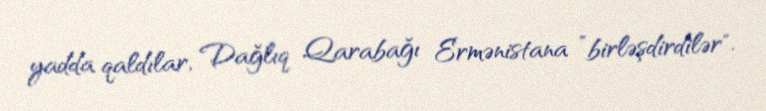
yadda qaldılar, Dağlıq Qarabağı Ermənistana ”birləşdirdilər".